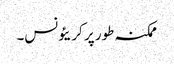
ممکنہ طور پر کریئونس۔